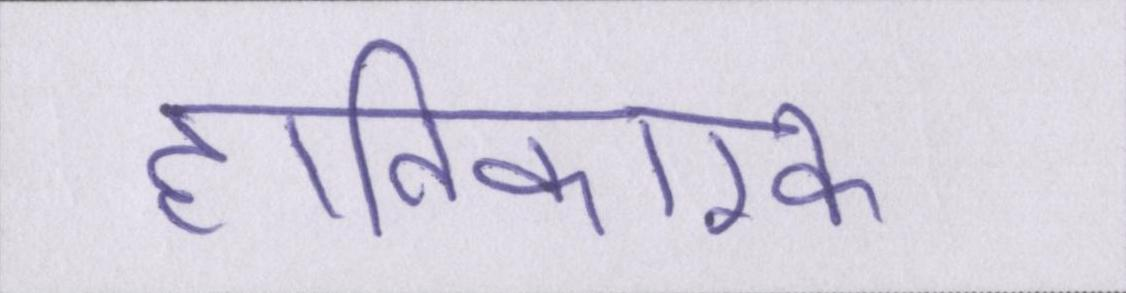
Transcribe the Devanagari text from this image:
हानिकारक